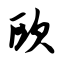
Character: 欧